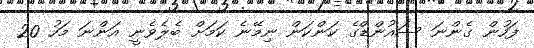
ފަހުން ގެންނަ ސައުންޑްގެ ކަންކަން ނިމޭނެ ކަމަށް ބެލެވެނީ އަންނަ މަހު 20